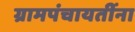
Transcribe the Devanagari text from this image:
ग्रामपंचायतींना